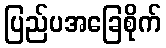
ပြည်ပအခြေစိုက်